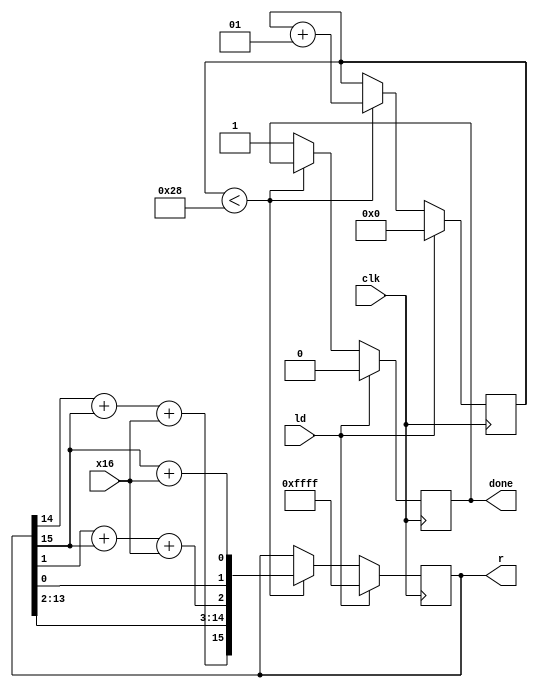
module xyz(input x16,clk,ld ,output [15:0] r,output done);
parameter bs=40;
reg [15:0] r;
reg r15,r2,r0;
reg done;
integer i;
assign r15=r[14]+r[15]+x16;
assign r2=r[1]+r[15]+x16;
assign r0=r[15]+x16;
always@(posedge clk)
begin
if(ld)
begin r[15:0]<=16'hFFFF;
i=0;done=1'b0;end
else
begin
if(i<bs)
begin
r[15:0]<={r15,r[13:2],r2,r[0],r0};
i<=i+1;
end
else begin r<=r;done=1'b1;end
end
end
endmodule
module s_reg #(parameter bs=40)(input [bs:0] rn,input clk,start,output ou);//module for
converting parallel data to serial data as a shift register
integer i;
reg ou;
always@(posedge clk )
begin
if(start)
begin i=0;ou<=rn[bs-1]; end
else if(i<(bs-1))
begin
ou<=rn[bs-2-i];
i<=i+1;end
end
endmodule